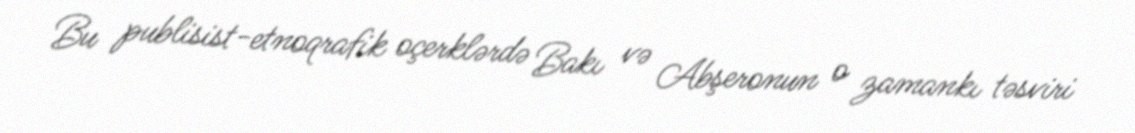
Bu publisist-etnoqrafik oçerklərdə Bakı və Abşeronun o zamankı təsviri